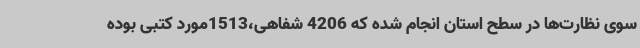
سوی نظارت‌ها در سطح استان انجام شده که 4206 شفاهی،1513مورد کتبی بوده